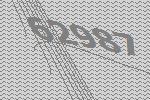
62987